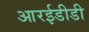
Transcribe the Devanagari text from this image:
आरईडीडी